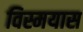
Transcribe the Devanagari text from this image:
विस्मयास